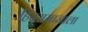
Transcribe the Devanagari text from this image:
हिंदूसमाजाला